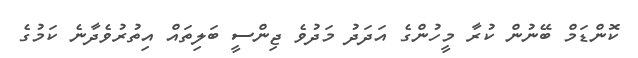
ކޮންޑަމް ބޭނުން ކުރާ މީހުންގެ އަދަދު މަދުވެ ޖިންސީ ބަލިތައް އިތުރުވެދާނެ ކަމުގެ